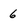
Character: 6